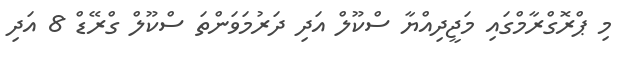
މި ޕްރޮގްރާމްގައި މަޖީދިއްޔާ ސްކޫލް އަދި ދަރުމަވަންތަ ސްކޫލް ގްރޭޑް 8 އަދި